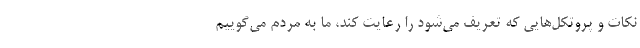
نکات و پروتکل‌هایی که تعریف می‌شود را رعایت کند، ما به مردم می‌گوییم